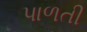
પાળતી